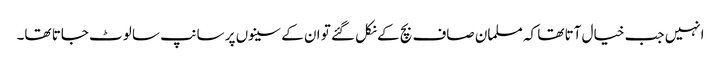
انہیں جب خیال آتا تھا کہ مسلمان صاف بچ کے نکل گئے تو ان کے سینوں پر سانپ سا لوٹ جاتا تھا۔